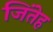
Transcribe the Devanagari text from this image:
जिंतेह